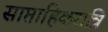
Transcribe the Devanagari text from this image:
साप्ताहिकरात्रि